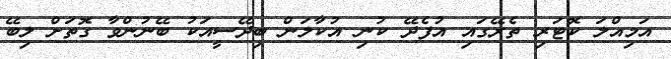
އަމިއްލަ ކޮޓަރި ތެރޭގައި އުފެދޭ ކުނި އުކާލަން ބިދޭސީއަކު ބޭނުންވާ ގޮތަށް ލިބޭ